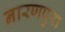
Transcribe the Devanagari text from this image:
नारणपुरा